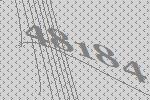
48184